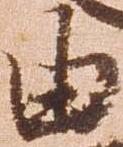
由